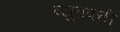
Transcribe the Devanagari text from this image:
व्युतपत्ती